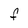
Character: F